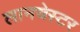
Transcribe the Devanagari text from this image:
लानचेस्टर